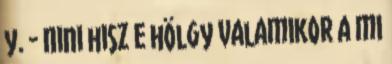
y. - Nini hisz e hölgy valamikor a mi